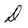
Character: D